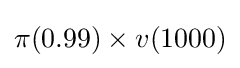
\pi (0.99)\times v(1000)